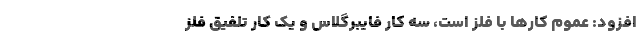
افزود: عموم کارها با فلز است، سه کار فایبرگلاس و یک کار تلفیق فلز